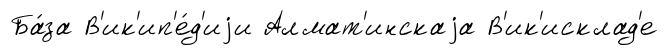
Ба́за В'ик'ип'е́д'иjи Алмат'инскаjа В'ик'исклад'е